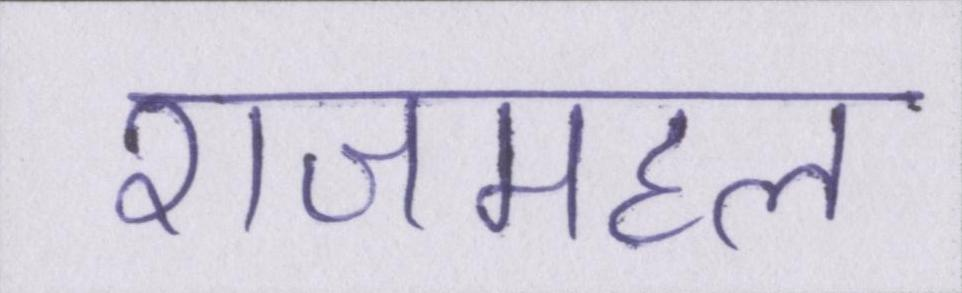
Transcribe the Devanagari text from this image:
राजमहल